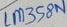
Text: LM358N